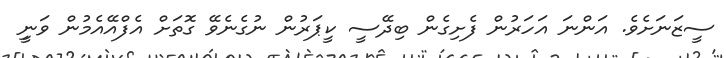
ސީޒަނަށެވެ. އަންނަ އަހަރުން ފެށިގެން ބިދޭސީ ކީޕަރުން ނުގެނެވޭ ގޮތަށް އެފްއޭއެމުން ވަނީި